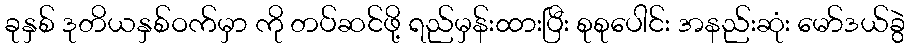
ခုနှစ် ဒုတိယနှစ်ဝက်မှာ ကို တပ်ဆင်ဖို့ ရည်မှန်းထားပြီး စုစုပေါင်း အနည်းဆုံး မော်ဒယ်ခွဲ